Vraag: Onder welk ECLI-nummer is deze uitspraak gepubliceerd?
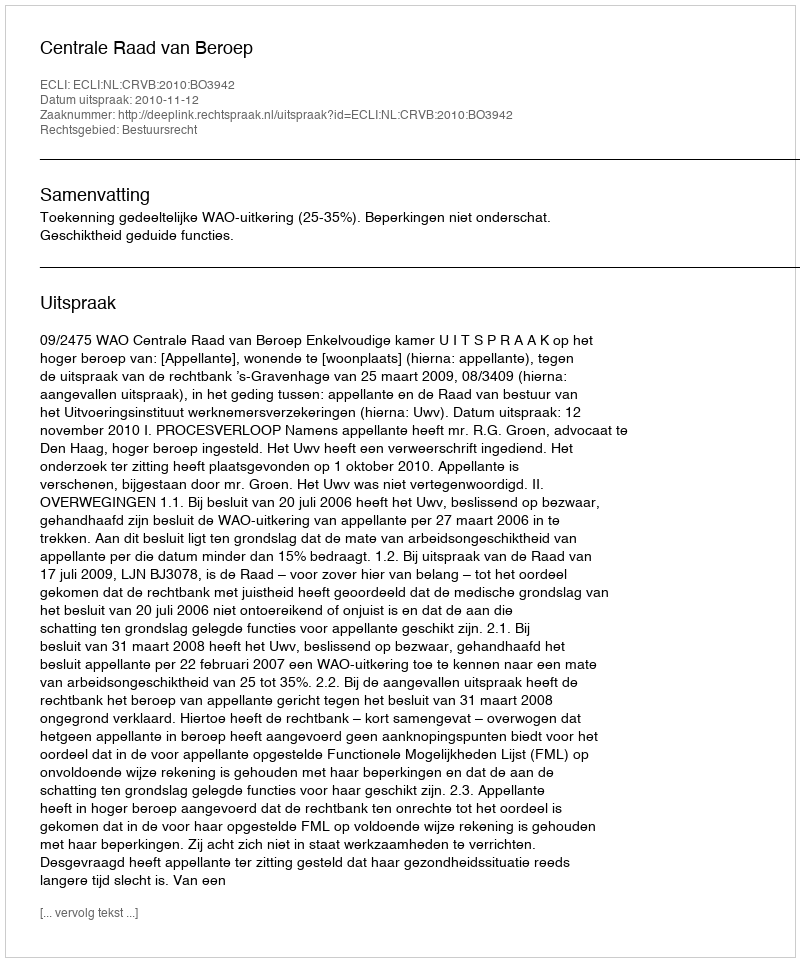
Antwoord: ECLI:NL:CRVB:2010:BO3942